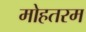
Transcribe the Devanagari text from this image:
मोहतरम